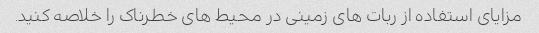
مزایای استفاده از ربات های زمینی در محیط های خطرناک را خلاصه کنید.